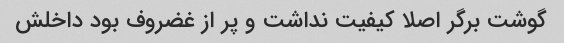
گوشت برگر اصلا کیفیت نداشت و پر از غضروف بود داخلش